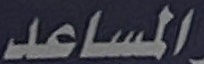
المساعد